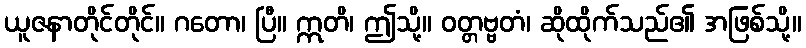
ယူဇနာတိုင်တိုင်။ ဂတော၊ ပြီ။ ဣတိ၊ ဤသို့။ ဝတ္တဗ္ဗတံ၊ ဆိုထိုက်သည်၏ အဖြစ်သို့။